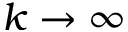
k \to \infty